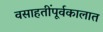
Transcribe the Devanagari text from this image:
वसाहतींपूर्वकालात